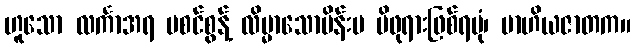
ဟူသော လင်္ကာအရ မစင်စွန့် လိမ္မာသောမိန်းမ မိဖုရားဖြစ်ရပုံ၊ ဗာဟိယဇာတက။